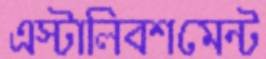
এস্টালিবশমেন্ট